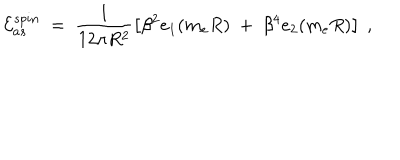
LaTeX: { \cal E } _ { a s } ^ { s p i n } \ = \ \frac { 1 } { 1 2 \pi R ^ { 2 } } \left[ \beta ^ { 2 } e _ { 1 } ( m _ { e } R ) \ + \ \beta ^ { 4 } e _ { 2 } ( m _ { e } R ) \right] \ ,